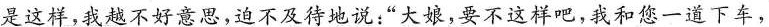
是这样，我越不好意思，迫不及待地说：”大娘，要不这样吧，我和您一道下车，